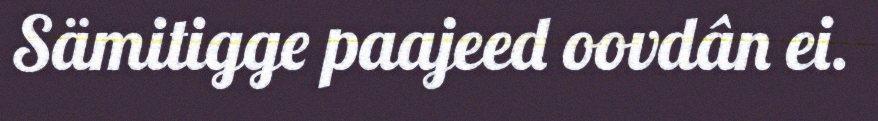
Sämitigge paajeed oovdân ei.